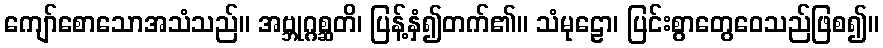
ကျော်စောသောအသံသည်။ အဗ္ဘုဂ္ဂစ္ဆတိ၊ ပြန့်နှံ၍တက်၏။ သံမုဠော၊ ပြင်းစွာတွေဝေသည်ဖြစ၍။